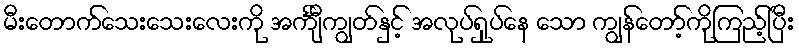
မီးတောက်သေးသေးလေးကို အင်္ကျီကျွတ်နှင့် အလုပ်ရှုပ်နေ သော ကျွန်တော့်ကိုကြည့်ပြီး